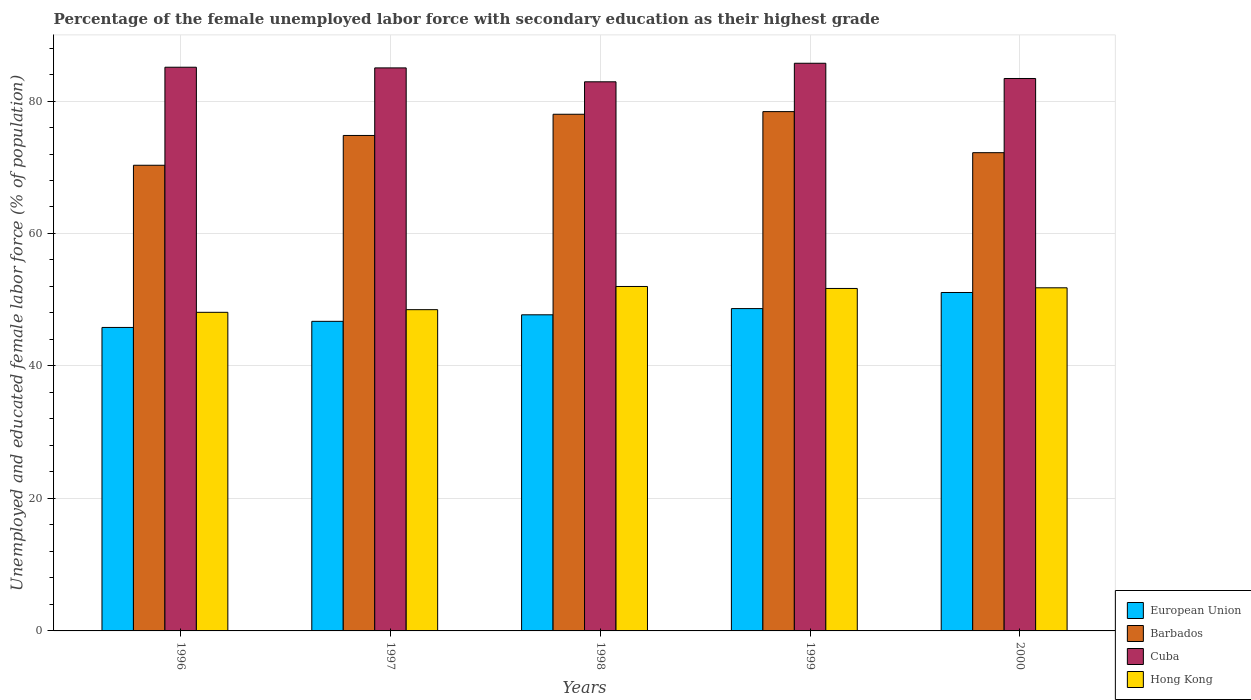
| Years | European Union | Barbados | Cuba | Hong Kong |
 | --- | --- | --- | --- | --- |
 | 1996 | 45.8 | 70.3 | 85.1 | 48.1 |
 | 1997 | 46.7 | 74.8 | 85 | 48.5 |
 | 1998 | 47.7 | 78 | 82.9 | 52 |
 | 1999 | 48.7 | 78.4 | 85.7 | 51.7 |
 | 2000 | 51.1 | 72.2 | 83.4 | 51.8 |